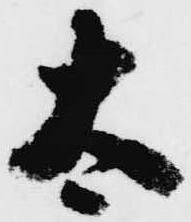
太